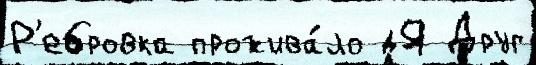
Р'ебровка прожива́ло дЯ Друг